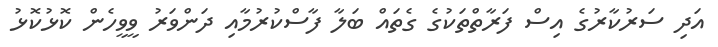
އަދި ސަރުކާރުގެ އިސް ފަރާތްތަކުގެ ގެތައް ބަލާ ފާސްކުރުމާއި ދަންވަރު ވީވީހެން ކޮޅުކޮޅު